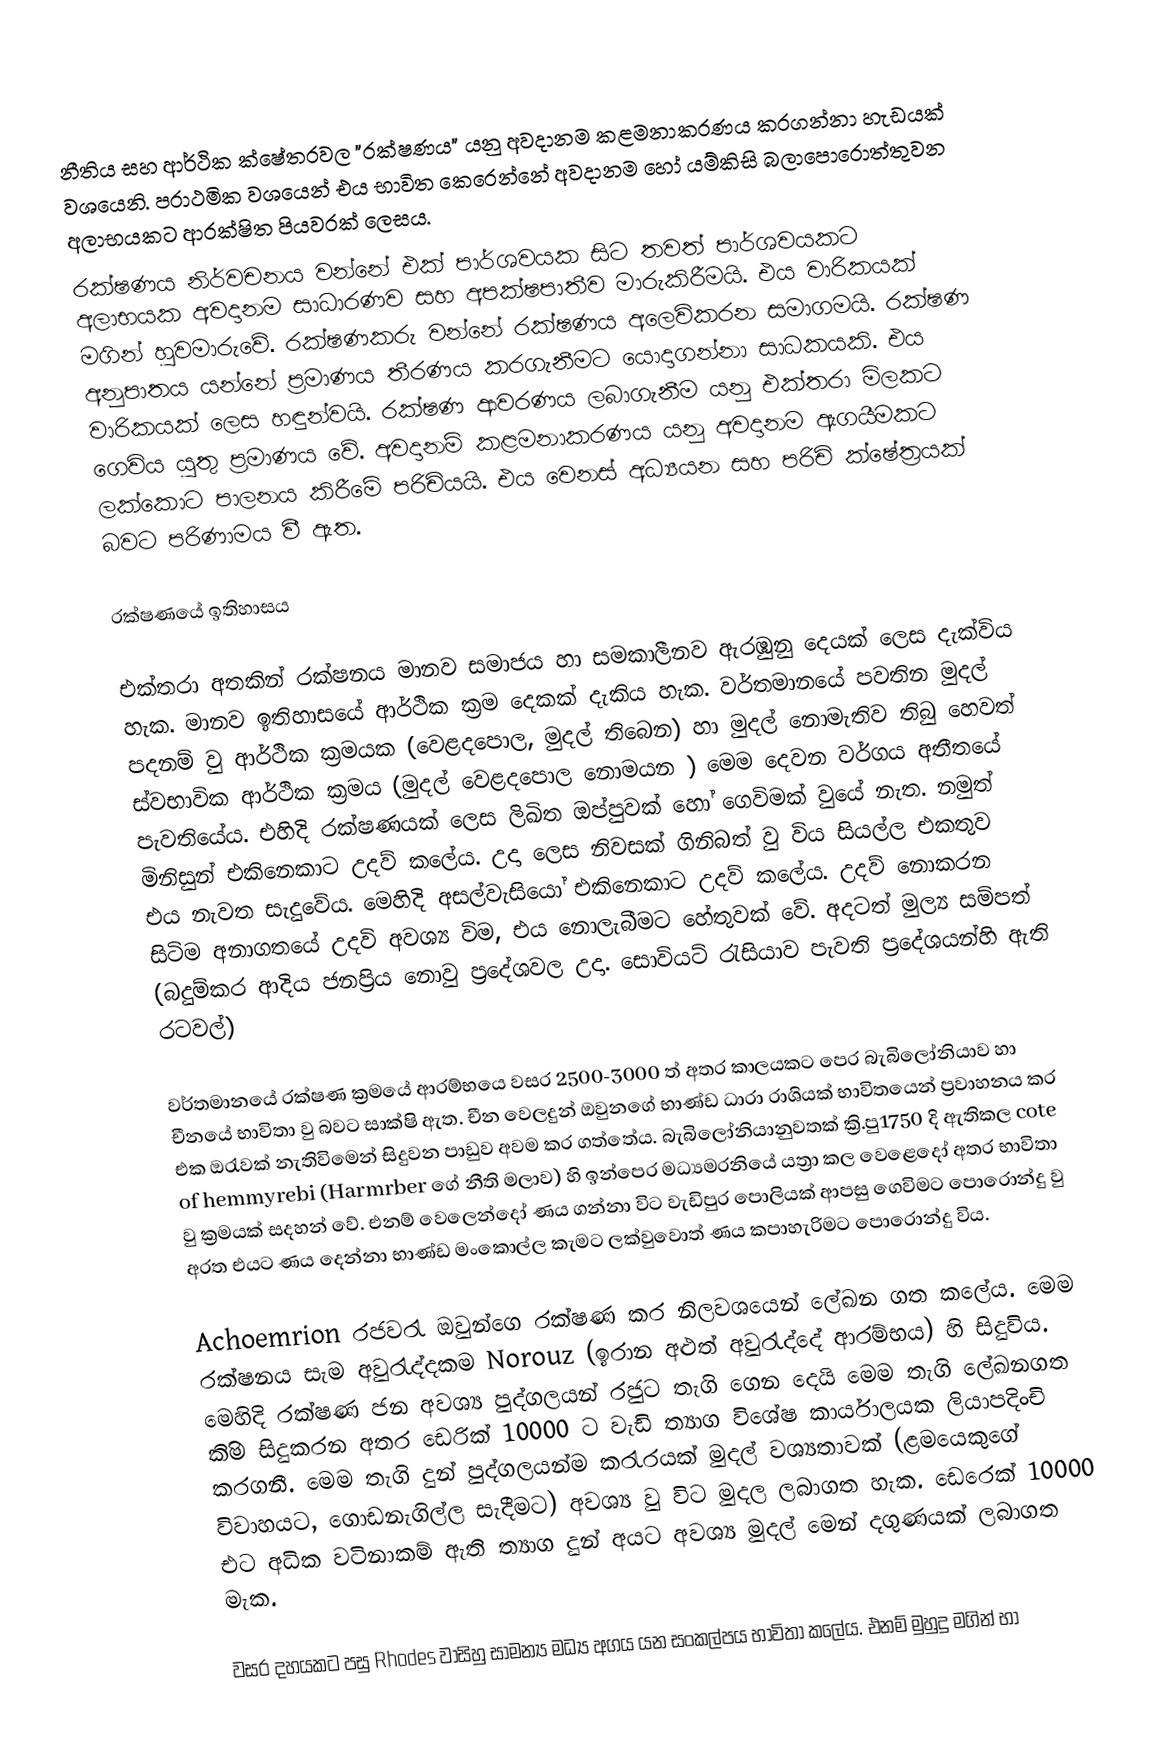
නීතිය සහ ආර්ථික ක්ෂේත‍්‍රවල "රක්ෂණය" යනු අවදානම කළමනාකරණය කරගන්නා හැඩයක් වශයෙනි. ප‍්‍රාථමික වශයෙන් එය භාවිත කෙරෙන්නේ අවදානම හෝ යම්කිසි බලාපොරොත්තුවන අලාභයකට ආරක්ෂිත පියවරක් ලෙසය.
රක්ෂණය නිර්වචනය වන්නේ එක් පාර්ශවයක සිට තවත් පාර්ශවයකට අලාභයක අවදානම සාධාරණව සහ අපක්ෂපාතීව මාරුකිරීමයි. එය වාරිකයක් මගින් හුවමාරුවේ. රක්ෂණකරු වන්නේ රක්ෂණය අලෙවිකරන සමාගමයි. රක්ෂණ අනුපාතය යන්නේ ප‍්‍රමාණය තීරණය කරගැනීමට යොදාගන්නා සාධකයකි. එය වාරිකයක් ලෙස හඳුන්වයි. රක්ෂණ ආවරණය ලබාගැනීම යනු එක්තරා මිලකට ගෙවිය යුතු ප‍්‍රමාණය වේ. අවදානම් කළමනාකරණය යනු අවදානම ඇගයීමකට ලක්කොට පාලනය කිරීමේ පරිචියයි. එය වෙනස් අධ්‍යයන සහ පරිචි ක්ෂේත‍්‍රයක් බවට පරිණාමය වී ඇත.

රක්ෂණයේ ඉතිහාසය

එක්තරා අතකින් රක්ෂනය මානව සමාජය හා සමකාලීනව ඇරඹුනු දෙයක් ලෙස දැක්විය හැක. මානව ඉතිහාසයේ ආර්ථික ක්‍රම දෙකක් දැකිය හැක. වර්තමානයේ පවතින මුදල් පදනම් වු ආර්ථික ක්‍රමයක (වෙළදපොල, මුදල් තිබෙන) හා මුදල් නොමැතිව තිබු හෙවත් ස්වභාවික ආර්ථික ක්‍රමය (මුදල් වෙළදපොල නොමයන ) මෙම දෙවන වර්ගය අතීතයේ පැවතියේය. එහිදි රක්ෂණයක් ලෙස ලිඛිත ඔප්පුවක් හෝ ගෙවිමක් වුයේ නැත. නමුත් මිනිසුන් එකිනෙකාට උදව් කලේය. උදා ලෙස නිවසක් ගිනිබත් වු විය සියල්ල එකතුව එය නැවත සැදුවේය. මෙහිදි අසල්වැසියෝ එකිනෙකාට උදව් කලේය. උදව් නොකරන සිටිම අනාගතයේ උදවි අවශ්‍ය විම, එය නොලැබීමට හේතුවක් වේ. අදටත් මුල්‍ය සම්පත් (බදුම්කර ආදිය ජනප්‍රිය නොවු ප්‍රදේශවල උදා. සොවියට් රැසියාව පැවති ප්‍රදේශයන්හි ඇති රටවල්)

වර්තමානයේ රක්ෂණ ක්‍රමයේ ආරම්භයෙ වසර 2500-3000 ත් අතර කාලයකට පෙර බැබිලෝනියාව හා චීනයේ භාවිතා වු බවට සාක්ෂි ඇත. චීන වෙලදුන් ඔවුනගේ භාණ්ඩ ධාරා රාශියක් භාවිතයෙන් ප්‍රවාහනය කර එක ඔරැවක් නැතිවිමෙන් සිදුවන පාඩුව අවම කර ගත්තේය. බැබිලෝනියානුවතක් ක්‍රි.පු1750 දි ඇතිකල cote of hemmyrebi (Harmrber ගේ නීති මලාව) හි ඉන්පෙර මධ්‍යමරනියේ යත්‍රා කල වෙළෙදෝ අතර භාවිතා වු ක්‍රමයක් සදහන් වේ. එනම් වෙලෙන්දෝ ණය ගන්නා විට‍ වැඩිපුර පොලියක් ආපසු ගෙවිමට පොරොන්දු වු අරත එයට ණය දෙන්නා භාණ්ඩ මංකොල්ල කැමට ලක්වුවොත් ණය කපාහැරිමට පොරොන්දු විය.

Achoemrion රජවරැ ඔවුන්ගෙ රක්ෂණ කර නිලවශයෙන් ලේඛන ගත කලේය. මෙම රක්ෂනය සැම අවුරැද්දකම Norouz (ඉරාන අළුත් අවුරැද්දේ ආරම්භය) හි සිදුවිය. මෙහිදි රක්ෂණ ජන අවශ්‍ය පුද්ගලයන් රජුට තැගි ගෙන දෙයි මෙම තැගි ලේඛනගත කිිම සිදුකරන අතර ඩෙරික් 10000 ට වැඩි ත්‍යාග විශේෂ කාර්යාලයක ලියාපදිංචි කරගනී. මෙම තැගි දුන් පුද්ගලයන්ම කරැරයක් මුදල් වශ්‍යතාවක් (ළමයෙකුගේ විවාහයට, ගොඩනැගිල්ල සැදීමට) අවශ්‍ය වු විට මුදල ලබාගත හැක. ඩෙරෙක් 10000 එට අධික වටිනාකම් ඇති ත්‍යාග දුන් අයට අවශ්‍ය මුදල් මෙන් දගුණයක් ලබාගත මැක.

වසර දහයකට පසු Rhodes වාසිහු සාමන්‍ය මධ්‍ය අගය යන සංකල්පය භාවිතා කලේය. එනම් මුහුදු මගින් භා